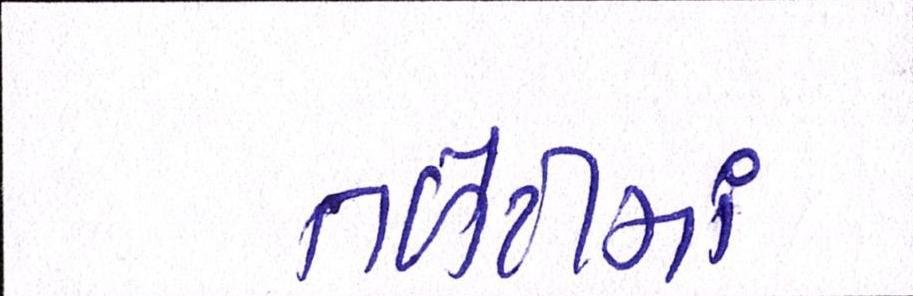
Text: તળેટીમાં